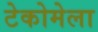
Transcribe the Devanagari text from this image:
टेकोमेला